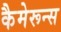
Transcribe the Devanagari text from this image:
कैमेरून्स